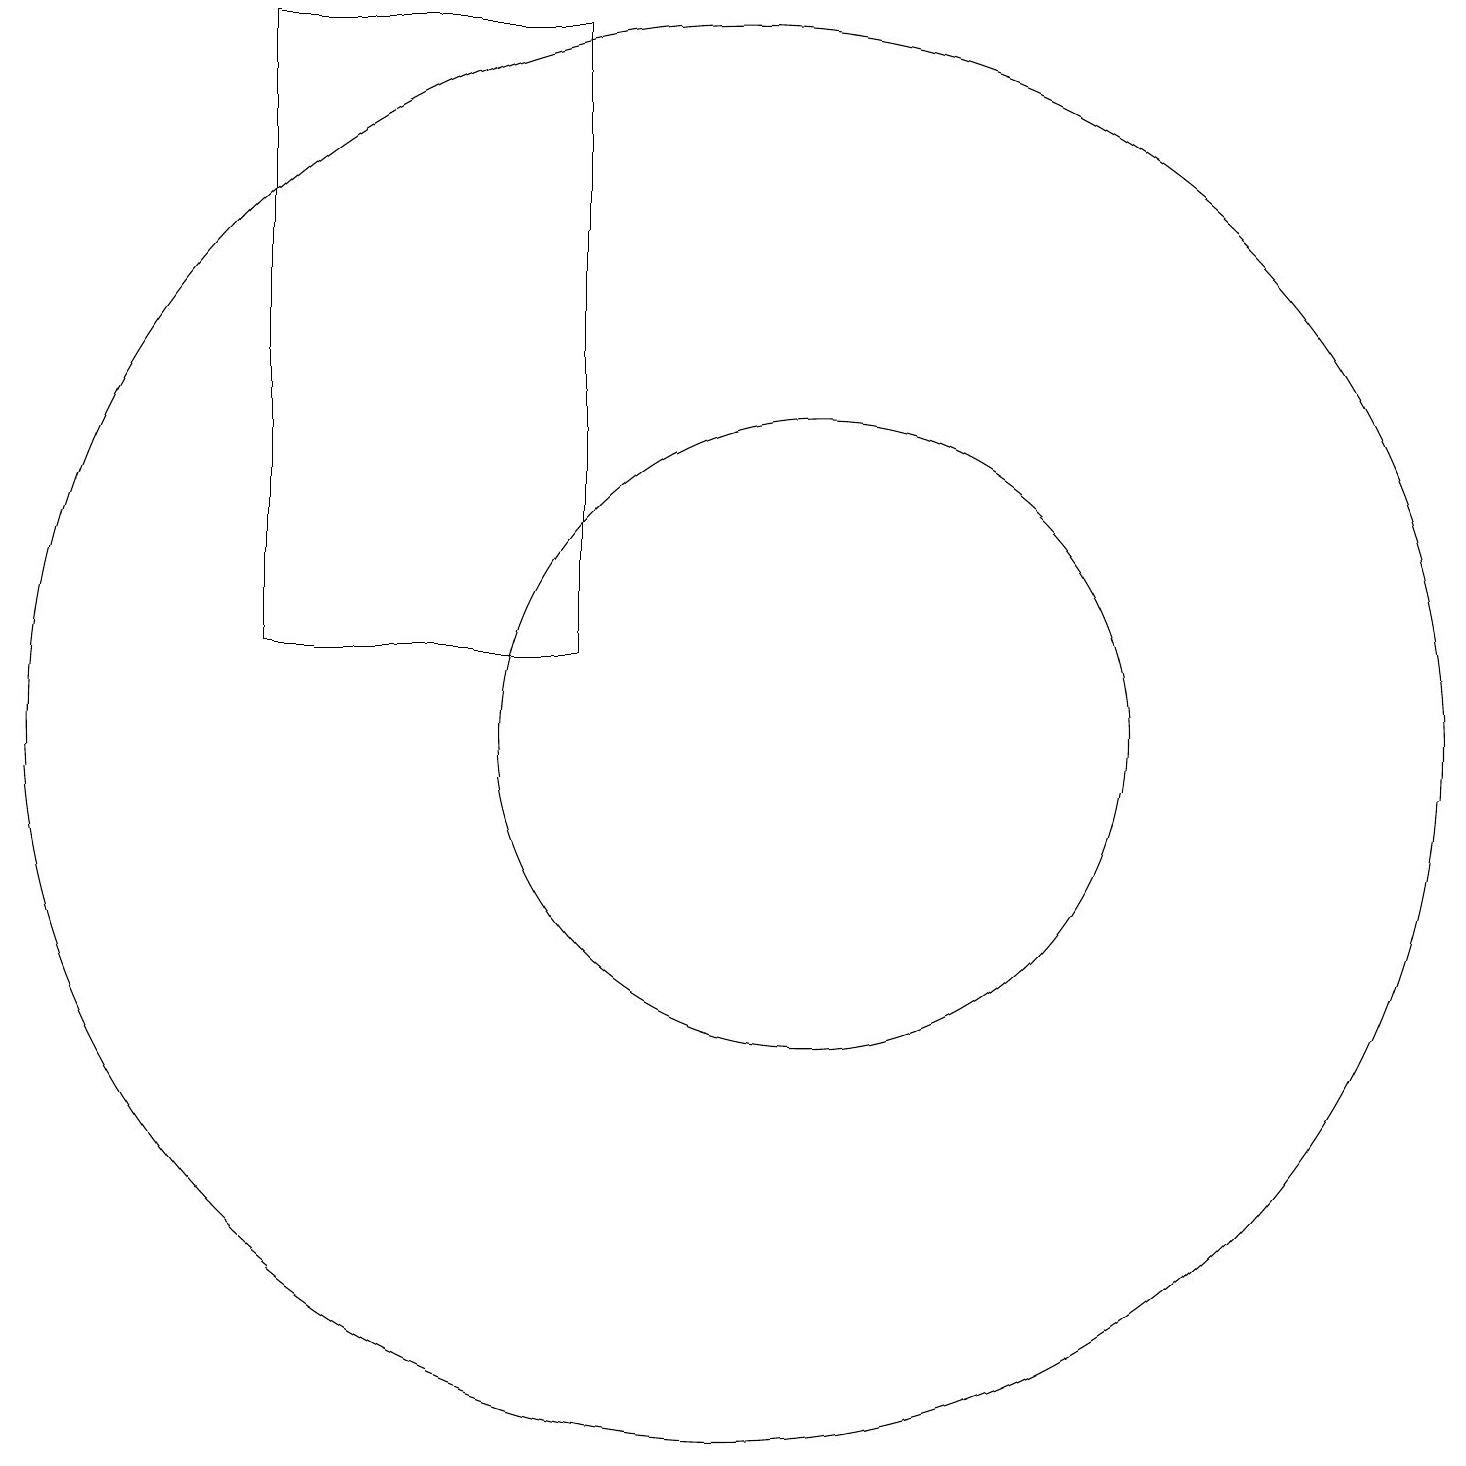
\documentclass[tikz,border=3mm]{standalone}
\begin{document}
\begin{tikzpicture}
\draw (10,10) circle (9);
\draw (11,10) circle (4);
\draw (8,11) rectangle (4,19);
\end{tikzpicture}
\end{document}